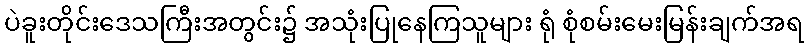
ပဲခူးတိုင်းဒေသကြီးအတွင်း၌ အသုံးပြုနေကြသူများ ရုံ စုံစမ်းမေးမြန်းချက်အရ